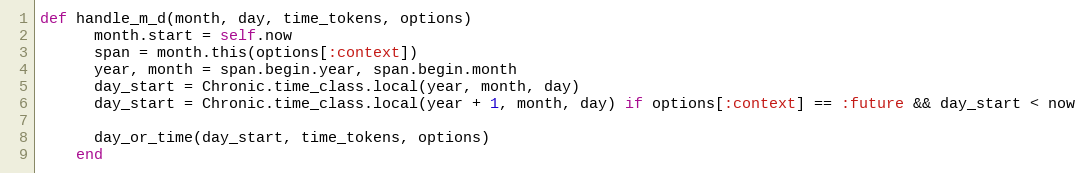
Language: Ruby
def handle_m_d(month, day, time_tokens, options)
      month.start = self.now
      span = month.this(options[:context])
      year, month = span.begin.year, span.begin.month
      day_start = Chronic.time_class.local(year, month, day)
      day_start = Chronic.time_class.local(year + 1, month, day) if options[:context] == :future && day_start < now

      day_or_time(day_start, time_tokens, options)
    end